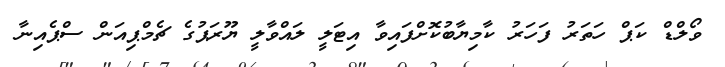
ވޯލްޑް ކަޕް ހަތަރު ފަހަރު ކާމިޔާބުކޮށްފައިވާ އިޓަލީ ލައްވާލީ ޔޫރަޕުގެ ޗެމްޕިއަން ސްޕެއިނާ